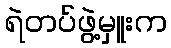
ရဲတပ်ဖွဲ့မှူးက